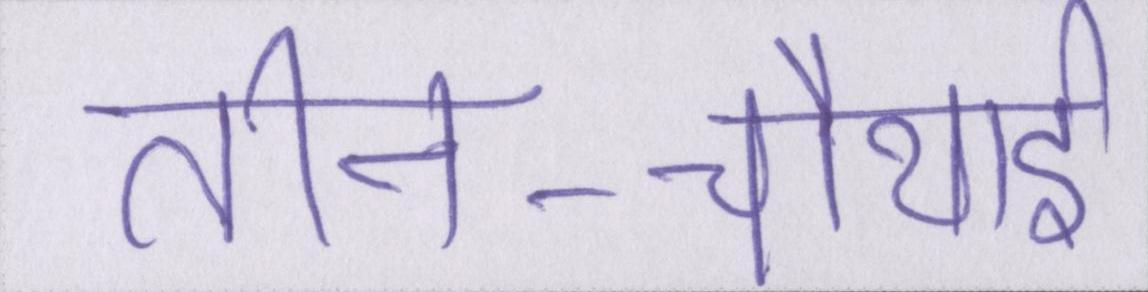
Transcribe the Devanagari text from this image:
तीन-चौथाई